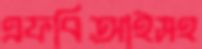
এফবিআইসহ